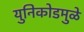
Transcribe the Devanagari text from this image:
युनिकोडमुळे